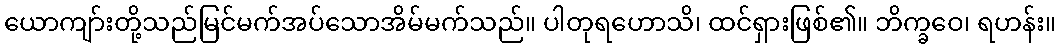
ယောကျာ်းတို့သည်မြင်မက်အပ်သောအိမ်မက်သည်။ ပါတုရဟောသိ၊ ထင်ရှားဖြစ်၏။ ဘိက္ခဝေ၊ ရဟန်း။